Report of the Indian Hemp Drugs Commission, 1894-1895 - Volume VI
Year: 1894
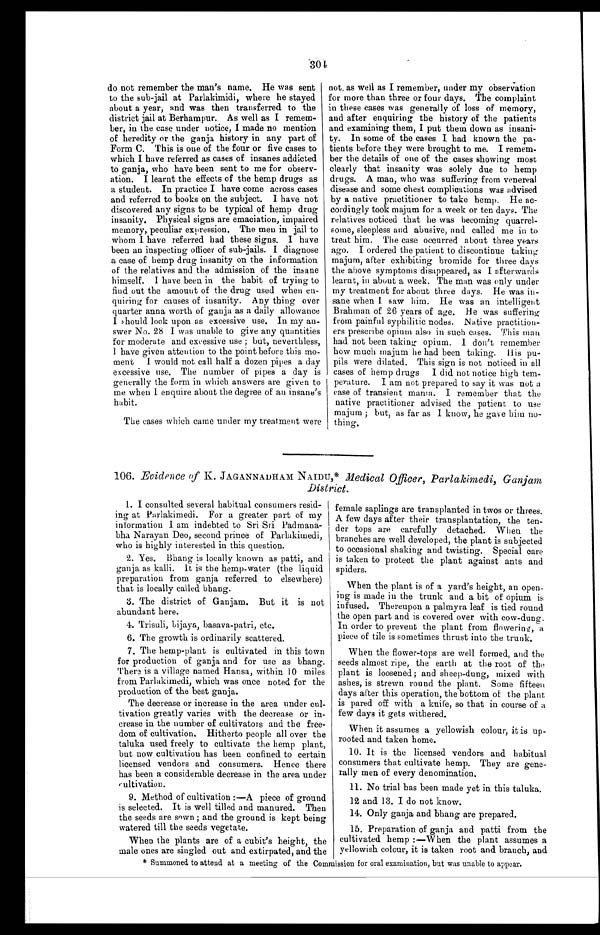
do not remember the man's name. He was sent
to the sub-jail at Parlakimidi, where he stayed
about a year, and was then transferred to the
district jail at Berhampur. As well as I remem
-ber, in the case under notice, I made no mention
of heredity or the ganja history in any part of
Form C. This is one of the four or five cases to
which I have referred as cases of insanes addicted
to ganja, who have been sent to me for observ
-ation. I learnt the effects of the hemp drugs as
a student. In practice I have come across cases
and referred to books on the subject. I have not
discovered any signs to be typical of hemp drug
insanity. Physical signs are emaciation, impaired
memory, peculiar expression. The men in jail to
whom I have referred had these signs. I have
been an inspecting officer of sub-jails. I diagnose
a case of hemp drug insanity on the information
of the relatives and the admission of the insane
himself. I have been in the habit of trying to
find out the amount of the drug used when en
-quiring for causes of insanity. Any thing over
quarter anna worth of ganja as a daily allowance
I should look upon as excessive use. In my an
-swer No. 28 I was unable to give any quantities
for moderate and excessive use; but, neverthless,
1 have given attention to the point before this mo
-ment I would not call half a dozen pipes a day
excessive use. The number of pipes a day is
generally the form in which answers are given to
me when 1 enquire about the degree of an insane's
habit.
The cases which came under my treatment were
not, as well as I remember, under my observation
for more than three or four days. The complaint
in these cases was generally of loss of memory,
and after enquiring the history of the patients
and examining them, I put them down as insani
-ty. In some of the cases I had known the p
a-tients before they were brought to me. I remem
- b e r t h e d e t a i l s o f o n e o f t h e c a s e s s h o w i n g m o s t
clearly that insanity was solely due to hemp
drugs. A man, who was suffering from venereal
disease and some chest complications was advised
by a native practitioner to take hemp. He ac-
-cordingly took majum for a week or ten days. The
relatives noticed that he was becoming quarrel
-some, sleepless and abusive, and called me in to
treat him. The case occurred about three years
ago. I ordered the patient to discontinue taking
majum, after exhibiting bromide for three days
the above symptoms disappeared, as I afterwards
learnt, in about a week. The man was only under
my treatment for about three days. He was in
-sane when I saw him. He was an intelligent
Brahman of 26 years of age. He was suffering
from painful syphilitic nodes. Native practition
-ers prescribe opium also in such cases. 'This man
had not been taking opium. 1 don't remember
how much majum he had been taking. His pu
-pils were dilated. This sign is not noticed in all
cases of hemp drugs I did not notice high tem-
-perature. I am not prepared to say it was not a
case of transient mania. I remember that the
native practitioner advised the patient to use
ma j u m; b u t , a s f a r a s I k n o w, h e g a v e h i m
no-thing.
106. Evidence of K. JAGANNADHAM NAIDU,* Medical Officer, Parlakimedi, Ganjam
District.
1. I consulted several habitual consumers resid
-ing at Parlakimedi. For a greater part of my
information I am indebted to Sri Sri Padmana
- b h a N a r a y a n D e o , s e c o n d p r i n c e o f P a r l a k i m e d i ,
who is highly interested in this question.
2. Yes. Bhang is locally known as patti, and
ganja as kalli. It is the hemp-water (the liquid
preparation from ganja referred to elsewhere)
that is locally called bhang.
3. The district of Ganjam. But it is not
abundant here
.
4. Trisuli, bijaya, basava-patri, etc.
6. The growth is ordinarily scattered.
7. The hemp-plant is cultivated in this town
for production of ganja and for use as bhang.
There is a village named Hansa, within 10 miles
from Parlakimedi, which was once noted for the
production of the best ganja.
The decrease or increase in the area under cul
-tivation greatly varies with the decrease or in-
-crease in the number of cultivators and the free
-dom of cultivation. Hitherto people all over the
taluka used freely to cultivate the hemp plant,
but now cultivation has been confined to certain
licensed vendors and consumers. Hence there
has been a considerable decrease in the area under
ultivation.
9. Method of cultivation:—A piece of ground
is selected. It is well tilled and manured. Then
the seeds are sown; and the ground is kept being
watered till the seeds vegetate.
When the plants are of a cubit's height, the
male ones are singled out and extirpated, and the
female saplings are transplanted in twos or threes.
A few days after their transplantation, the ten-
der tops are carefully detached. When the
branches are well developed, the plant is subjected
to occasional shaking and twisting. Special care
is taken to protect the plant against ants and
spiders.
When the plant is of a yard's height, an open
- i n g i s m a d e i n t h e t r u n k a n d a b i t o f o p i u m i s
infused. Thereupon a palmyra leaf is tied round
the open part and is covered over with cow-dung.
In order to prevent the plant from flowering, a
piece of tile is sometimes thrust into the trunk.
When the flower-tops are well formed, and the
seeds almost ripe, the earth at the root of the
plant is loosened; and sheep-dung, mixed with
ashes, is strewn round the plant. Some fifteen
days after this operation, the bottom of the plant
is pared off with a knife, so that in course of a
few days it gets withered.
When it assumes a yellowish colour, it is up
-rooted and taken home.
10. It is the licensed vendors and habitual
consumers that cultivate hemp. They are gene
- r a l l y m e n o f e v e r y d e n o m i n a t i o n .
11. No trial has been made yet in this taluka.
12 and 13. I do not know.
14. Only ganja and bhang are prepared.
15. Preparation of ganja and patti from the
cultivated hemp:—When the plant assumes a
yellowish colour, it is taken root and branch, and
* Summoned to attend at a meeting of the Commission for oral examination, but was unable to appear.